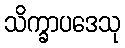
သိက္ခာပဒေသု